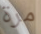
مرة